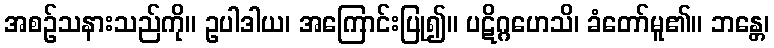
အစဉ်သနားသည်ကို။ ဥပါဒါယ၊ အကြောင်းပြု၍။ ပဋိဂ္ဂဟေသိ၊ ခံတော်မူ၏။ ဘန္တေ၊